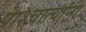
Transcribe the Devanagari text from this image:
पाश्चात्यांना